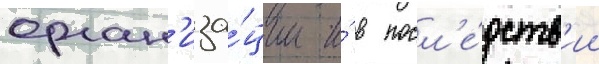
орган'иза́ции и́ в посл'е́дств'ии